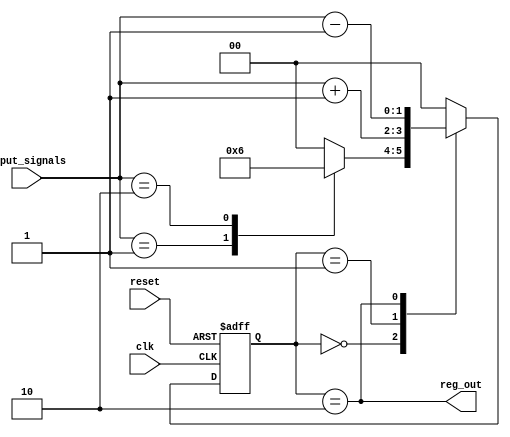
module fsm (
    input wire clk,
    input wire reset,
    input wire [1:0] input_signals,
    output wire reg_out
);

// Declare flip-flops for storing state information
reg [1:0] state;
reg [1:0] next_state;

// Define the states in the finite state machine
parameter IDLE = 2'b00;
parameter STATE_A = 2'b01;
parameter STATE_B = 2'b10;

// Define transitions between states based on input signals
always @(*) begin
    case(state)
        IDLE: begin
            case(input_signals)
                2'b00: next_state = IDLE;
                2'b01: next_state = STATE_A;
                2'b10: next_state = STATE_B;
                default: next_state = IDLE;
            endcase
        end
        STATE_A: next_state = input_signals + 1;
        STATE_B: next_state = input_signals - 1;
        default: next_state = IDLE;
    endcase
end

// Sequential logic for state transitions
always @(posedge clk or posedge reset) begin
    if (reset) begin
        state <= IDLE;
    end else begin
        state <= next_state;
    end
end

// Output the current state
assign reg_out = (state == STATE_B);

endmodule